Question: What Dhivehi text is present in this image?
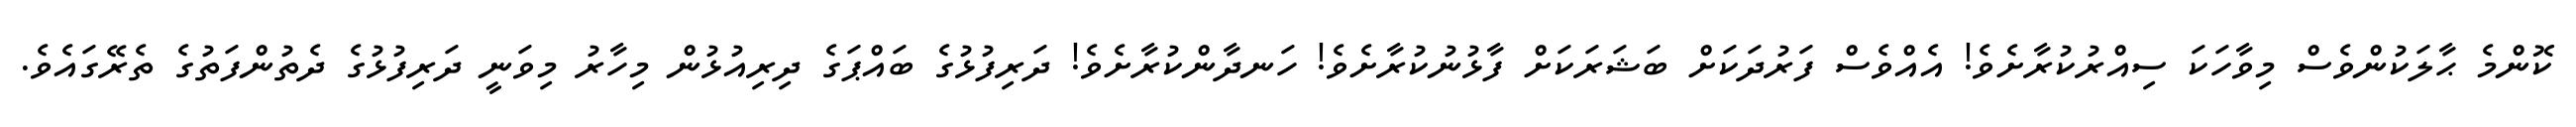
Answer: ކޮންމެ ޙާލަކުންވެސް މިވާހަކަ ސިއްރުކުރާށެވެ! އެއްވެސް ފަރުދަކަށް ބަޝަރަކަށް ފާޅުނުކުރާށެވެ! ހަނދާންކުރާށެވެ! ދަރިފުޅުގެ ބައްޕަގެ ދިރިއުޅުން މިހާރު މިވަނީ ދަރިފުޅުގެ ދެތުންފަތުގެ ތެރޭގައެވެ.